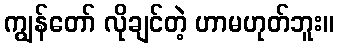
ကျွန်တော် လိုချင်တဲ့ ဟာမဟုတ်ဘူး။